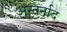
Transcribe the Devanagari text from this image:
अन्तर्नाद